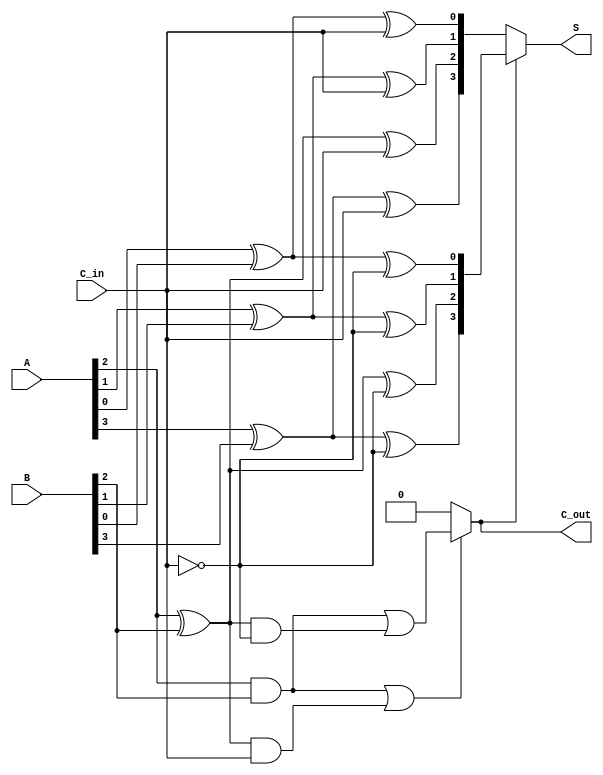
module conditional_sum_adder (
    input [3:0] A,       // 4-bit input A
    input [3:0] B,       // 4-bit input B
    input C_in,          // Carry-in
    output [3:0] S,      // 4-bit Sum output
    output C_out         // Carry-out
);

    wire [3:0] S0, S1;   // Sum outputs for carry-in 0 and 1
    wire [3:0] C_out0, C_out1; // Carry-out for carry-in 0 and 1

    // Generating sum and carry for each bit
    genvar i;
    generate
        for (i = 0; i < 4; i = i + 1) begin : CSA_BIT_SLICE
            // Preliminary sums
            assign S0[i] = A[i] ^ B[i] ^ C_in;                     // Sum with carry-in = 0
            assign S1[i] = A[i] ^ B[i] ^ (C_in ^ 1);              // Sum with carry-in = 1

            // Carry-out generation
            assign C_out0[i] = (A[i] & B[i]) | ((A[i] ^ B[i]) & C_in);     // Carry-out with carry-in = 0
            assign C_out1[i] = (A[i] & B[i]) | ((A[i] ^ B[i]) & (C_in ^ 1)); // Carry-out with carry-in = 1
        end
    endgenerate

    // Carry propagation
    wire [3:0] carry_select; // Selected carry based on previous carry
    assign carry_select[0] = C_in; // Initial carry input for the first bit

    // Determine carry for each bit slice
    generate
        for (i = 1; i < 4; i = i + 1) begin : CARRY_PROPAGATION
            assign carry_select[i] = (C_out0[i-1] ? C_out1[i-1] : C_out0[i-1]);
        end
    endgenerate

    // Final carry-out is the carry-out of the last bit slice
    assign C_out = carry_select[3];

    // Choose final sum based on carry state
    assign S = carry_select[3] ? S1 : S0;

endmodule